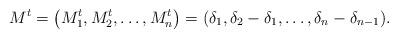
LaTeX: \begin{align*}M^t=\big(M_1^t, M_2^t, \dots, M_n^t\big)= (\delta_1, \delta_2-\delta_1, \dots, \delta_n-\delta_{n-1} ).\end{align*}